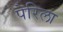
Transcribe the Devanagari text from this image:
पेरिला